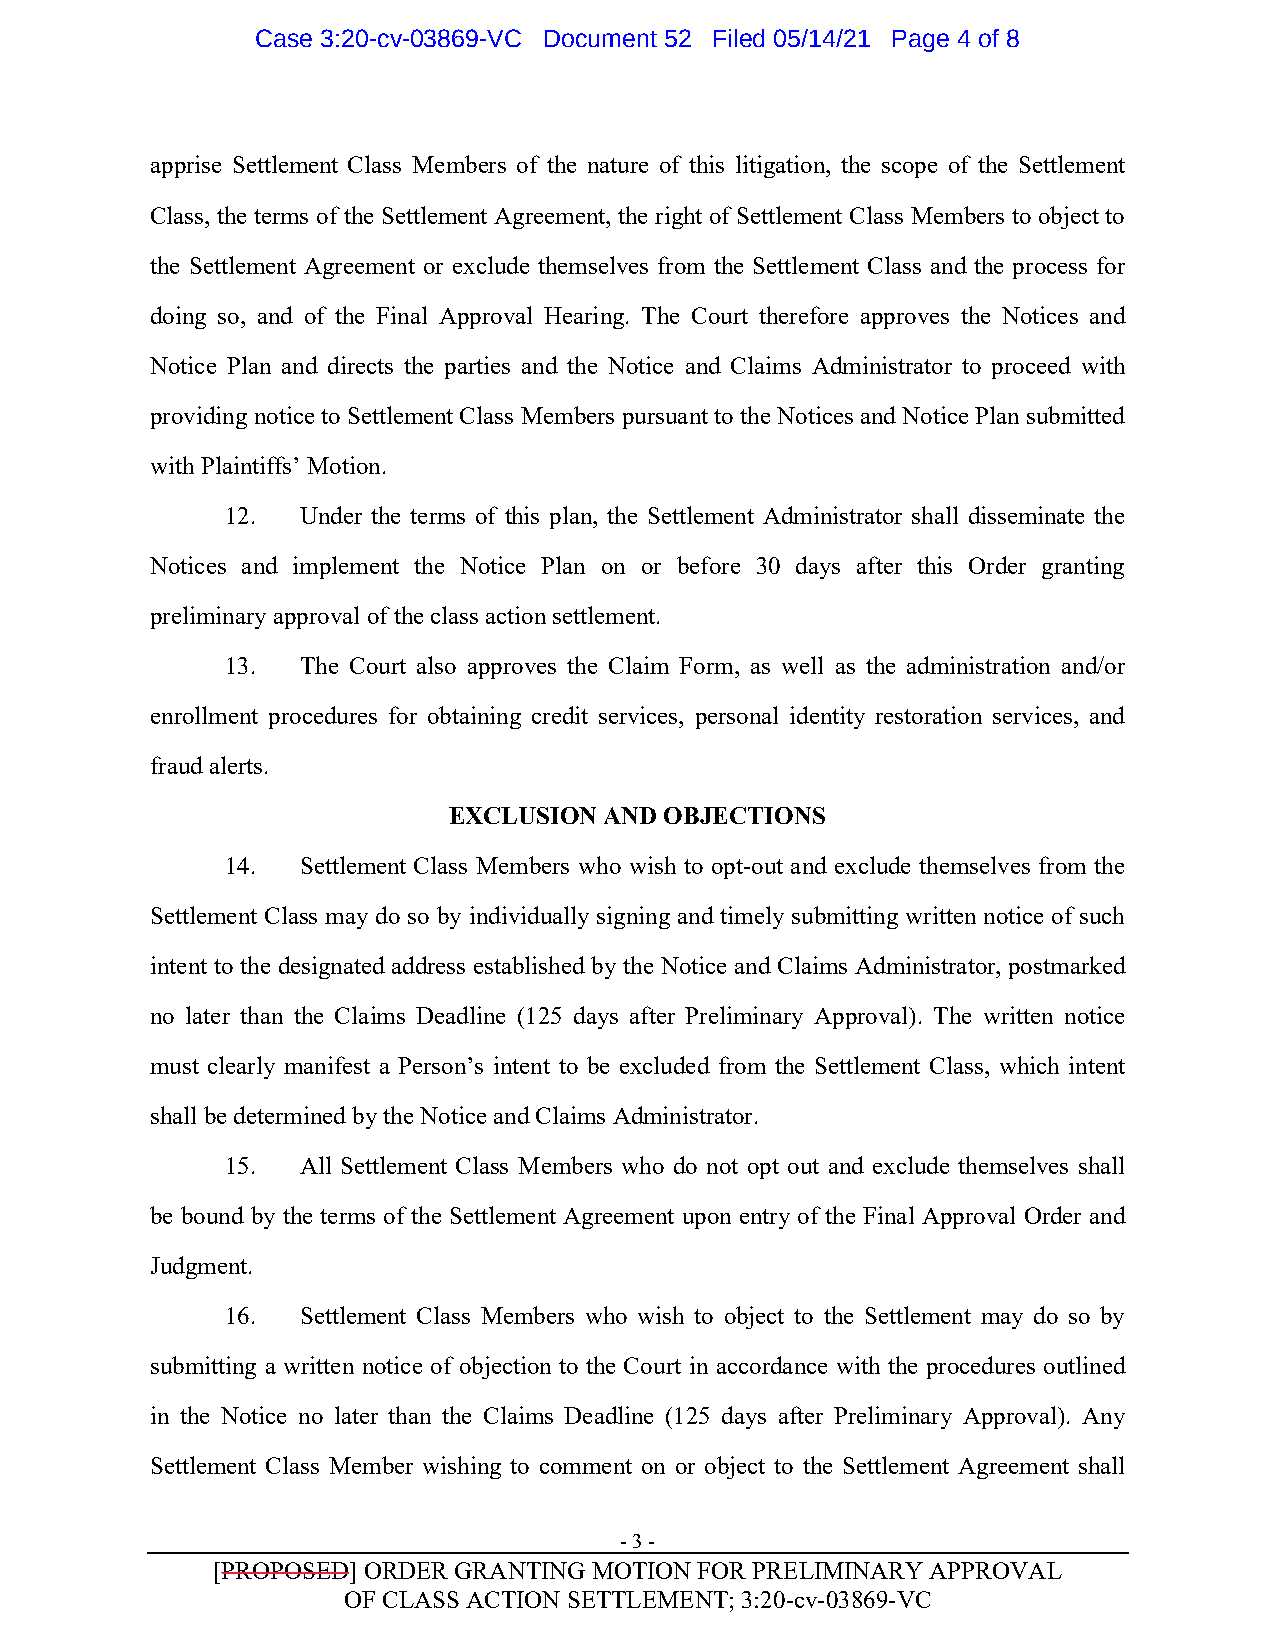
Case 3:20-cv-03869-VC Document 52 Filed 05/14/21 Page 4 of 8
 apprise Settlement Class Members of the nature of this litigation, the scope of the Settlement
 Class, the terms of the Settlement Agreement, the right of Settlement Class Members to object to
 the Settlement Agreement or exclude themselves from the Settlement Class and the process for
 doing so, and of the Final Approval Hearing. The Court therefore approves the Notices and
 Notice Plan and directs the parties and the Notice and Claims Administrator to proceed with
 providing notice to Settlement Class Members pursuant to the Notices and Notice Plan submitted
 with Plaintiffs’ Motion.
 12.  Under the terms of this plan, the Settlement Administrator shall disseminate the
 Notices and implement the Notice Plan on or before 30 days after this Order granting
 preliminary approval of the class action settlement.
 13.  The Court also approves the Claim Form, as well as the administration and/or
 enrollment procedures for obtaining credit services, personal identity restoration services, and
 fraud alerts.
 EXCLUSION AND OBJECTIONS
 14.  Settlement Class Members who wish to opt-out and exclude themselves from the
 Settlement Class may do so by individually signing and timely submitting written notice of such
 intent to the designated address established by the Notice and Claims Administrator, postmarked
 no later than the Claims Deadline (125 days after Preliminary Approval). The written notice
 must clearly manifest a Person’s intent to be excluded from the Settlement Class, which intent
 shall be determined by the Notice and Claims Administrator.
 15.  All Settlement Class Members who do not opt out and exclude themselves shall
 be bound by the terms of the Settlement Agreement upon entry of the Final Approval Order and
 Judgment.
 16.  Settlement Class Members who wish to object to the Settlement may do so by
 submitting a written notice of objection to the Court in accordance with the procedures outlined
 in the Notice no later than the Claims Deadline (125 days after Preliminary Approval). Any
 Settlement Class Member wishing to comment on or object to the Settlement Agreement shall
 - 3 -
 [PROPOSED] ORDER GRANTING MOTION FOR PRELIMINARY APPROVAL
 OF CLASS ACTION SETTLEMENT; 3:20-cv-03869-VC